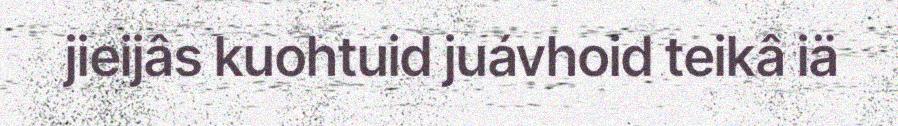
jieijâs kuohtuid juávhoid teikâ iä